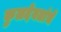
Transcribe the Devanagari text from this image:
कुलदेवतांचे